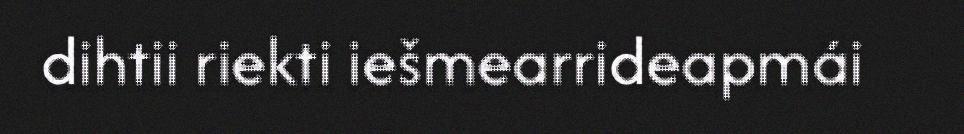
dihtii riekti iešmearrideapmái